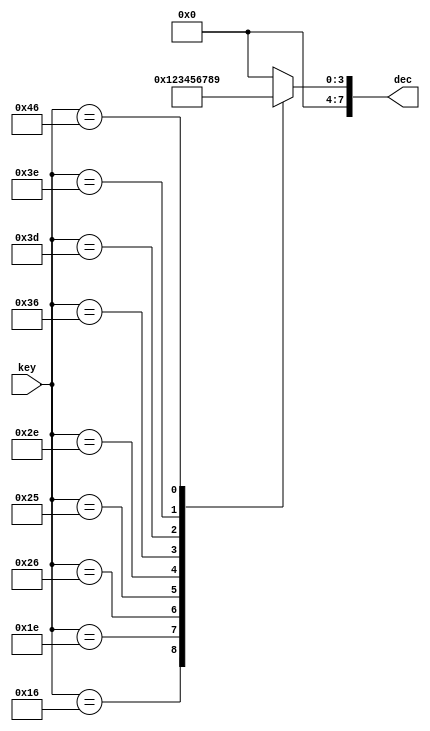
`timescale 1ns / 1ps
//////////////////////////////////////////////////////////////////////////////////
// Company: 
// Engineer: 
// 
// Design Name: 
// Module Name:    key2dec 
// Project Name: 
// Target Devices: 
// Tool versions: 
// Description: 
//
// Dependencies: 
//
// Revision: 
// Revision 0.01 - File Created
// Additional Comments: 
//
//////////////////////////////////////////////////////////////////////////////////
module key2dec(
    input [7:0] key,
    output reg [7:0] dec
    );

	always @(*) begin
		case (key) 
			8'h45: dec <= 8'd0;
			8'h16: dec <= 8'd1;
			8'h1e: dec <= 8'd2;
			8'h26: dec <= 8'd3;
			8'h25: dec <= 8'd4;
			8'h2e: dec <= 8'd5;
			8'h36: dec <= 8'd6;
			8'h3d: dec <= 8'd7;
			8'h3e: dec <= 8'd8;
			8'h46: dec <= 8'd9;
			default: dec <= 8'd0;
		endcase
	end
endmodule